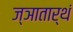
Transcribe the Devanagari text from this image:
ज्ञातार्थं